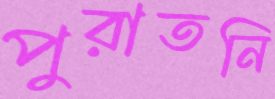
পুরাতনি